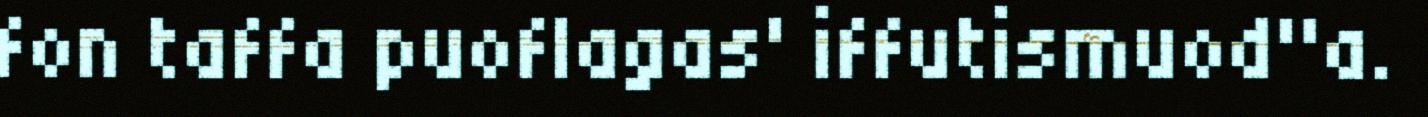
fon taffa puoflagas' iffutismuod"a.